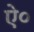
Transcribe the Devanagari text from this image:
ऐ०